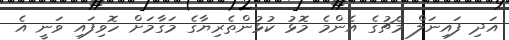
އަދި ފައިނަލް މެޗުގެ އެންމެ މޮޅު ކުޅުންތެރިޔާގެ މަގާމަށް ހޮވިފައި ވަނީ އެ